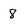
Character: 8